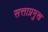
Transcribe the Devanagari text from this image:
सत्ताप्रमुख